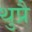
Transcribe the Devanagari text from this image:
थुप्रै